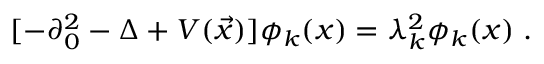
[ - \partial _ { 0 } ^ { 2 } - \Delta + V ( \vec { x } ) ] \phi _ { k } ( x ) = \lambda _ { k } ^ { 2 } \phi _ { k } ( x ) \; .